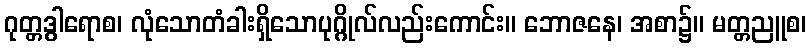
ဂုတ္တဒွါရောစ၊ လုံသောတံခါးရှိသောပုဂ္ဂိုလ်လည်းကောင်း။ ဘောဇနေ၊ အစာ၌။ မတ္တညူစ၊